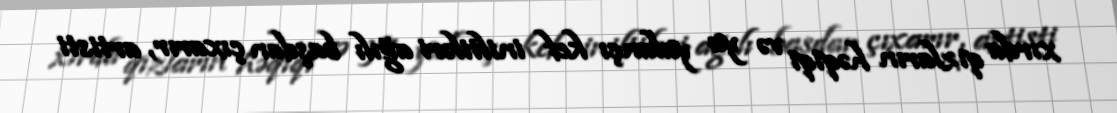
xırda qızların həqiqi və ya yalançı kef iniltiləri ağılı başdan çıxarır, artisti